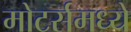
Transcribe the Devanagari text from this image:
मोटर्समध्ये